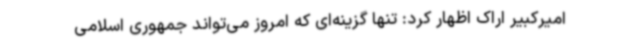
امیرکبیر اراک اظهار کرد: تنها گزینه‌ای که امروز می‌تواند جمهوری اسلامی